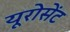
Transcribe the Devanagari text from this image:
यूरोसेंट